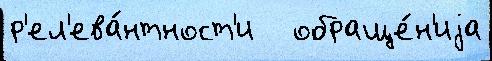
р'ел'ева́нтност'и   обраще́н'иjа